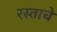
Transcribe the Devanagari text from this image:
रस्ताचे